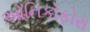
ઓનિકોફોરા